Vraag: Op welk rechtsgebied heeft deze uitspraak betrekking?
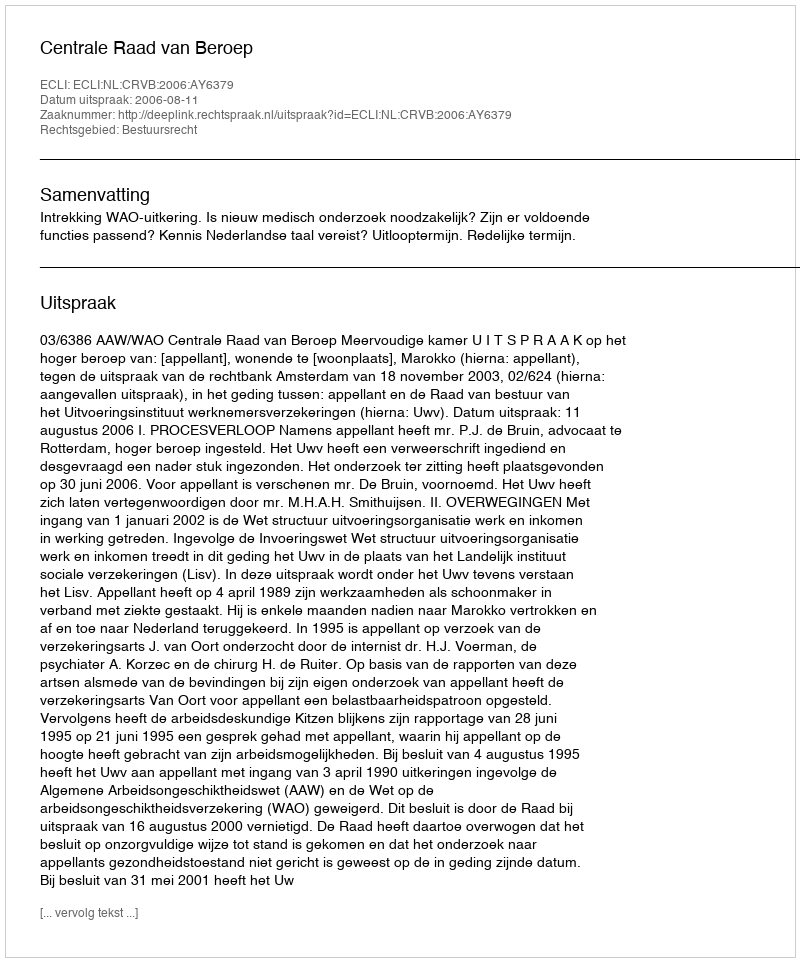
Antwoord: Bestuursrecht